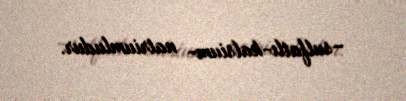
–sulfatlı-kalsium- natriumludur.